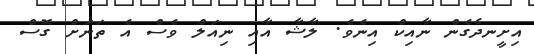
އިށީނދެގެން ނާއިކް އިނެވެ. ލާޝާ އާއި ނިއަލް ވެސް އެ ތަނަށް ގޮސް